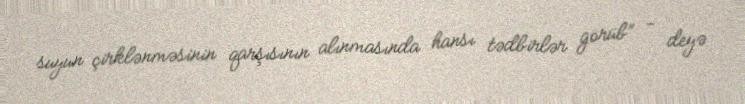
suyun çirklənməsinin qarşısının alınmasında hansı tədbirlər görüb” - deyə